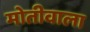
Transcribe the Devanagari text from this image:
मोतीवाला